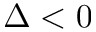
\Delta < 0